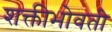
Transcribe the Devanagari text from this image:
शक्तीभोवती